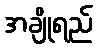
အချိုရည်